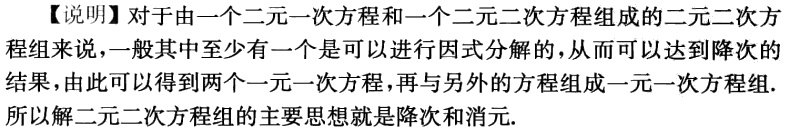
【说明】对于由一个二元一次方程和一个二元二次方程组成的二元二次方程组来说，一般其中至少有一个是可以进行因式分解的，从而可以达到降次的结果，由此可以得到两个一元一次方程，再与另外的方程组成一元一次方程组.

所以解二元二次方程组的主要思想就是降次和消元.